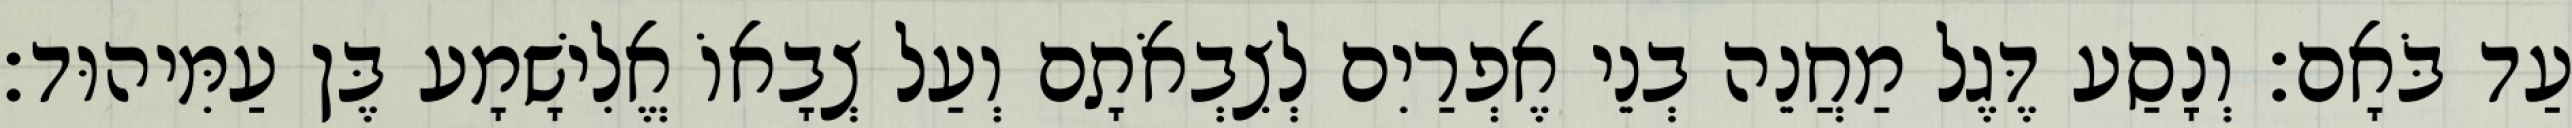
עַד בֹּאָם׃ וְנָסַע דֶּגֶל מַחֲנֵה בְנֵי אֶפְרַיִם לְצִבְאֹתָם וְעַל צְבָאוֹ אֱלִישָׁמָע בֶּן עַמִּיהוּד׃